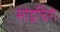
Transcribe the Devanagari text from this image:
सोइचिरो